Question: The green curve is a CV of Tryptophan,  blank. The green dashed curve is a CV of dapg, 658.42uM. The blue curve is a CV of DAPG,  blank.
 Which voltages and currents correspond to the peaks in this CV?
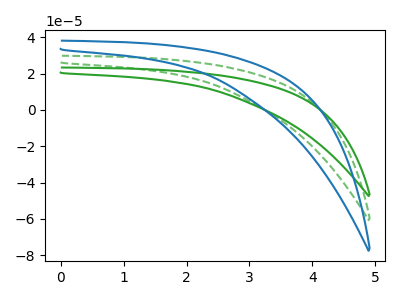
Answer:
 <answer>The green curve "Tryptophan,  blank" has no peaks. The green dashed curve "dapg, 658.42uM" has no peaks. The blue curve "DAPG,  blank" has no peaks.</answer>
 <eval></eval>